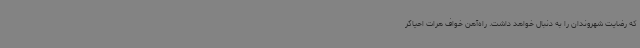
که رضایت شهروندان را به دنبال خواهد داشت. راه‌آهن خواف هرات احیاگر